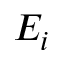
E _ { i }